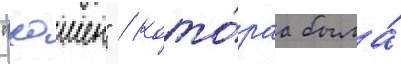
"хошен" / кото́раа была́